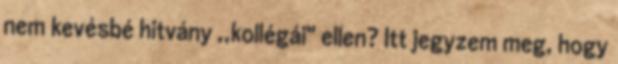
nem kevésbé hitvány ,,kollégái" ellen? Itt jegyzem meg, hogy